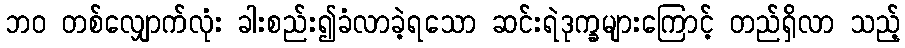
ဘဝ တစ်လျှောက်လုံး ခါးစည်း၍ခံလာခဲ့ရသော ဆင်းရဲဒုက္ခများကြောင့် တည်ရှိလာ သည့်